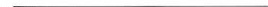
___